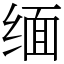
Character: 缅